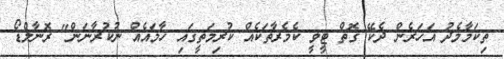
ތިކަމާމެދު އަހަރެން ދެކޭ ގޮތް ޓީވީ ކެމެރާތަކެއް ކުރިމަތީގައި ހާމައެއް ނުކުރާނަން" ރޮނާލްޑޯ